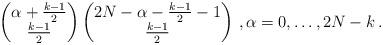
LaTeX: \begin{align*}\begin{pmatrix} \alpha + \frac {k-1}2\\ \frac{k-1}2 \end{pmatrix} \begin{pmatrix} 2N-\alpha- \frac{k-1}2 -1\\ \frac{k-1}2 \end{pmatrix}\,, \alpha=0,\ldots,2N-k\,.\end{align*}